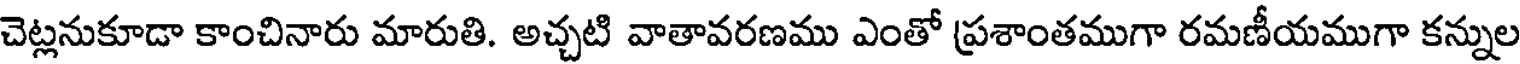
చెట్లనుకూడా కాంచినారు మారుతి. అచ్చటి వాతావరణము ఎంతో ప్రశాంతముగా రమణీయముగా కన్నుల